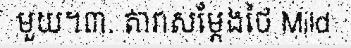
មួយ។៣. តារាសម្តែងថៃ Mild